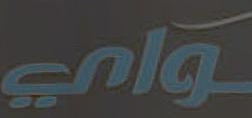
واي